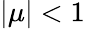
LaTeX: |\mu|<1